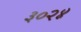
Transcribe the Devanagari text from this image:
३०२४